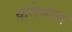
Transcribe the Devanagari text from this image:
कनेमारा